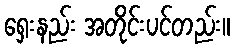
ရှေးနည်း အတိုင်းပင်တည်း။